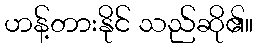
ဟန့်တားနိုင် သည်ဆို၏။